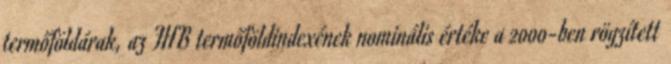
termőföldárak, az FHB termőföldindexének nominális értéke a 2000-ben rögzített